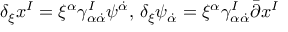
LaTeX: \delta _ { \xi } x ^ { I } = \xi ^ { \alpha } \gamma _ { \alpha \dot { \alpha } } ^ { I } \psi ^ { \dot { \alpha } } , \, \delta _ { \xi } \psi _ { \dot { \alpha } } = \xi ^ { \alpha } \gamma _ { \alpha \dot { \alpha } } ^ { I } \bar { \partial } x ^ { I }